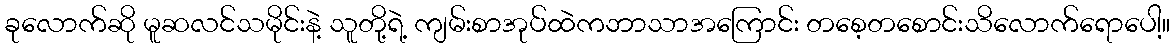
ခုလောက်ဆို မူဆလင်သမိုင်းနဲ့ သူတို့ရဲ့ ကျမ်းစာအုပ်ထဲကဘာသာအကြောင်း တစေ့တစောင်းသိလောက်ရောပေါ့။